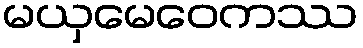
မယှမေဝေကဿ